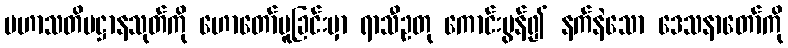
မဟာသတိပဋ္ဌာနသုတ်ကို ဟောတော်မူခြင်းမှာ ရာသီဥတု ကောင်းမွန်၍ နက်နဲသော ဒေသနာတော်ကို